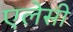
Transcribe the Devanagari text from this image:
एलेसी